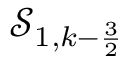
\mathcal { S } _ { 1 , k - \frac { 3 } { 2 } }